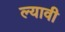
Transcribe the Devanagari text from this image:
ल्यावी